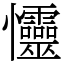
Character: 㦭